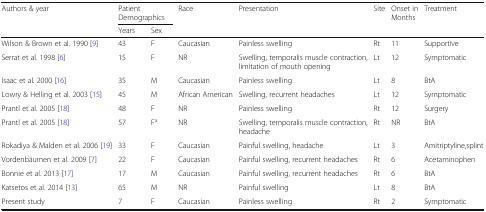
| <ROWSPAN=2> Authors & year | <COLSPAN=2> Patient Demographics | <ROWSPAN=2> Race | <ROWSPAN=2> Presentation | <ROWSPAN=2> Site | <ROWSPAN=2> Onset in Months | <ROWSPAN=2> Treatment |
 | Years | Sex |
 | --- | --- | --- | --- | --- | --- | --- | --- |
 | Wilson & Brown et al. 1990 [9] | 43 | F | Caucasian | Painless swelling | Rt | 11 | Supportive |
 | Serrat et al. 1998 [6] | 15 | F | NR | Swelling, temporalis muscle contraction, limitation of mouth opening | Lt | 12 | Symptomatic |
 | Isaac et al. 2000 [16] | 35 | M | Caucasian | Painless swelling | Lt | 8 | BtA |
 | Lowry & Helling et al. 2003 [15] | 45 | M | African American | Swelling, recurrent headaches | Lt | 12 | Symptomatic |
 | Prantl et al. 2005 [18] | 48 | F | NR | Painless swelling | Rt | 12 | Surgery |
 | Prantl et al. 2005 [18] | 57 | Fa | NR | Swelling, temporalis muscle contraction, headache | Rt | NR | BtA |
 | Rokadiya & Malden et al. 2006 [19] | 33 | F | Caucasian | Painful swelling, headache | Lt | 3 | Amitriptyline,splint |
 | Vordenbäumen et al. 2009 [7] | 22 | F | Caucasian | Painful swelling, recurrent headaches | Rt | 6 | Acetaminophen |
 | Bonnie et al. 2013 [17] | 17 | M | Caucasian | Painful swelling, recurrent headaches | Rt | 6 | BtA |
 | Katsetos et al. 2014 [13] | 65 | M | NR | Painful swelling | Lt | 8 | BtA |
 | Present study | 7 | F | Caucasian | Painless swelling | Rt | 2 | Symptomatic |